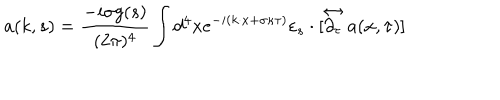
a ( k , s ) = \frac { - i \sigma g ( s ) } { ( 2 \pi ) ^ { 4 } } \int d ^ { 4 } x e ^ { - i ( k \cdot x + \sigma \kappa \tau ) } \varepsilon _ { s } \cdot [ \stackrel { \leftrightarrow } { \partial _ { \tau } } a ( x , \tau ) ]